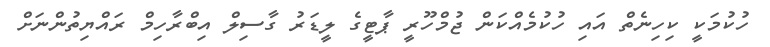
ހުކުމަކީ ކިހިނެތް އައި ހުކުމެއްކަން ޖުމްހޫރީ ޕާޓީގެ ލީޑަރު ގާސިލް އިބްރާހިމް ރައްޔިތުންނަށް